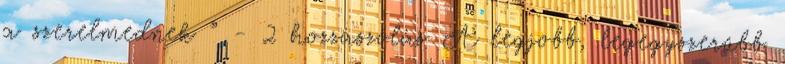
a szerelmednek ” - 2 hozzászólás A legjobb, legegyszerűbb